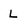
Character: L